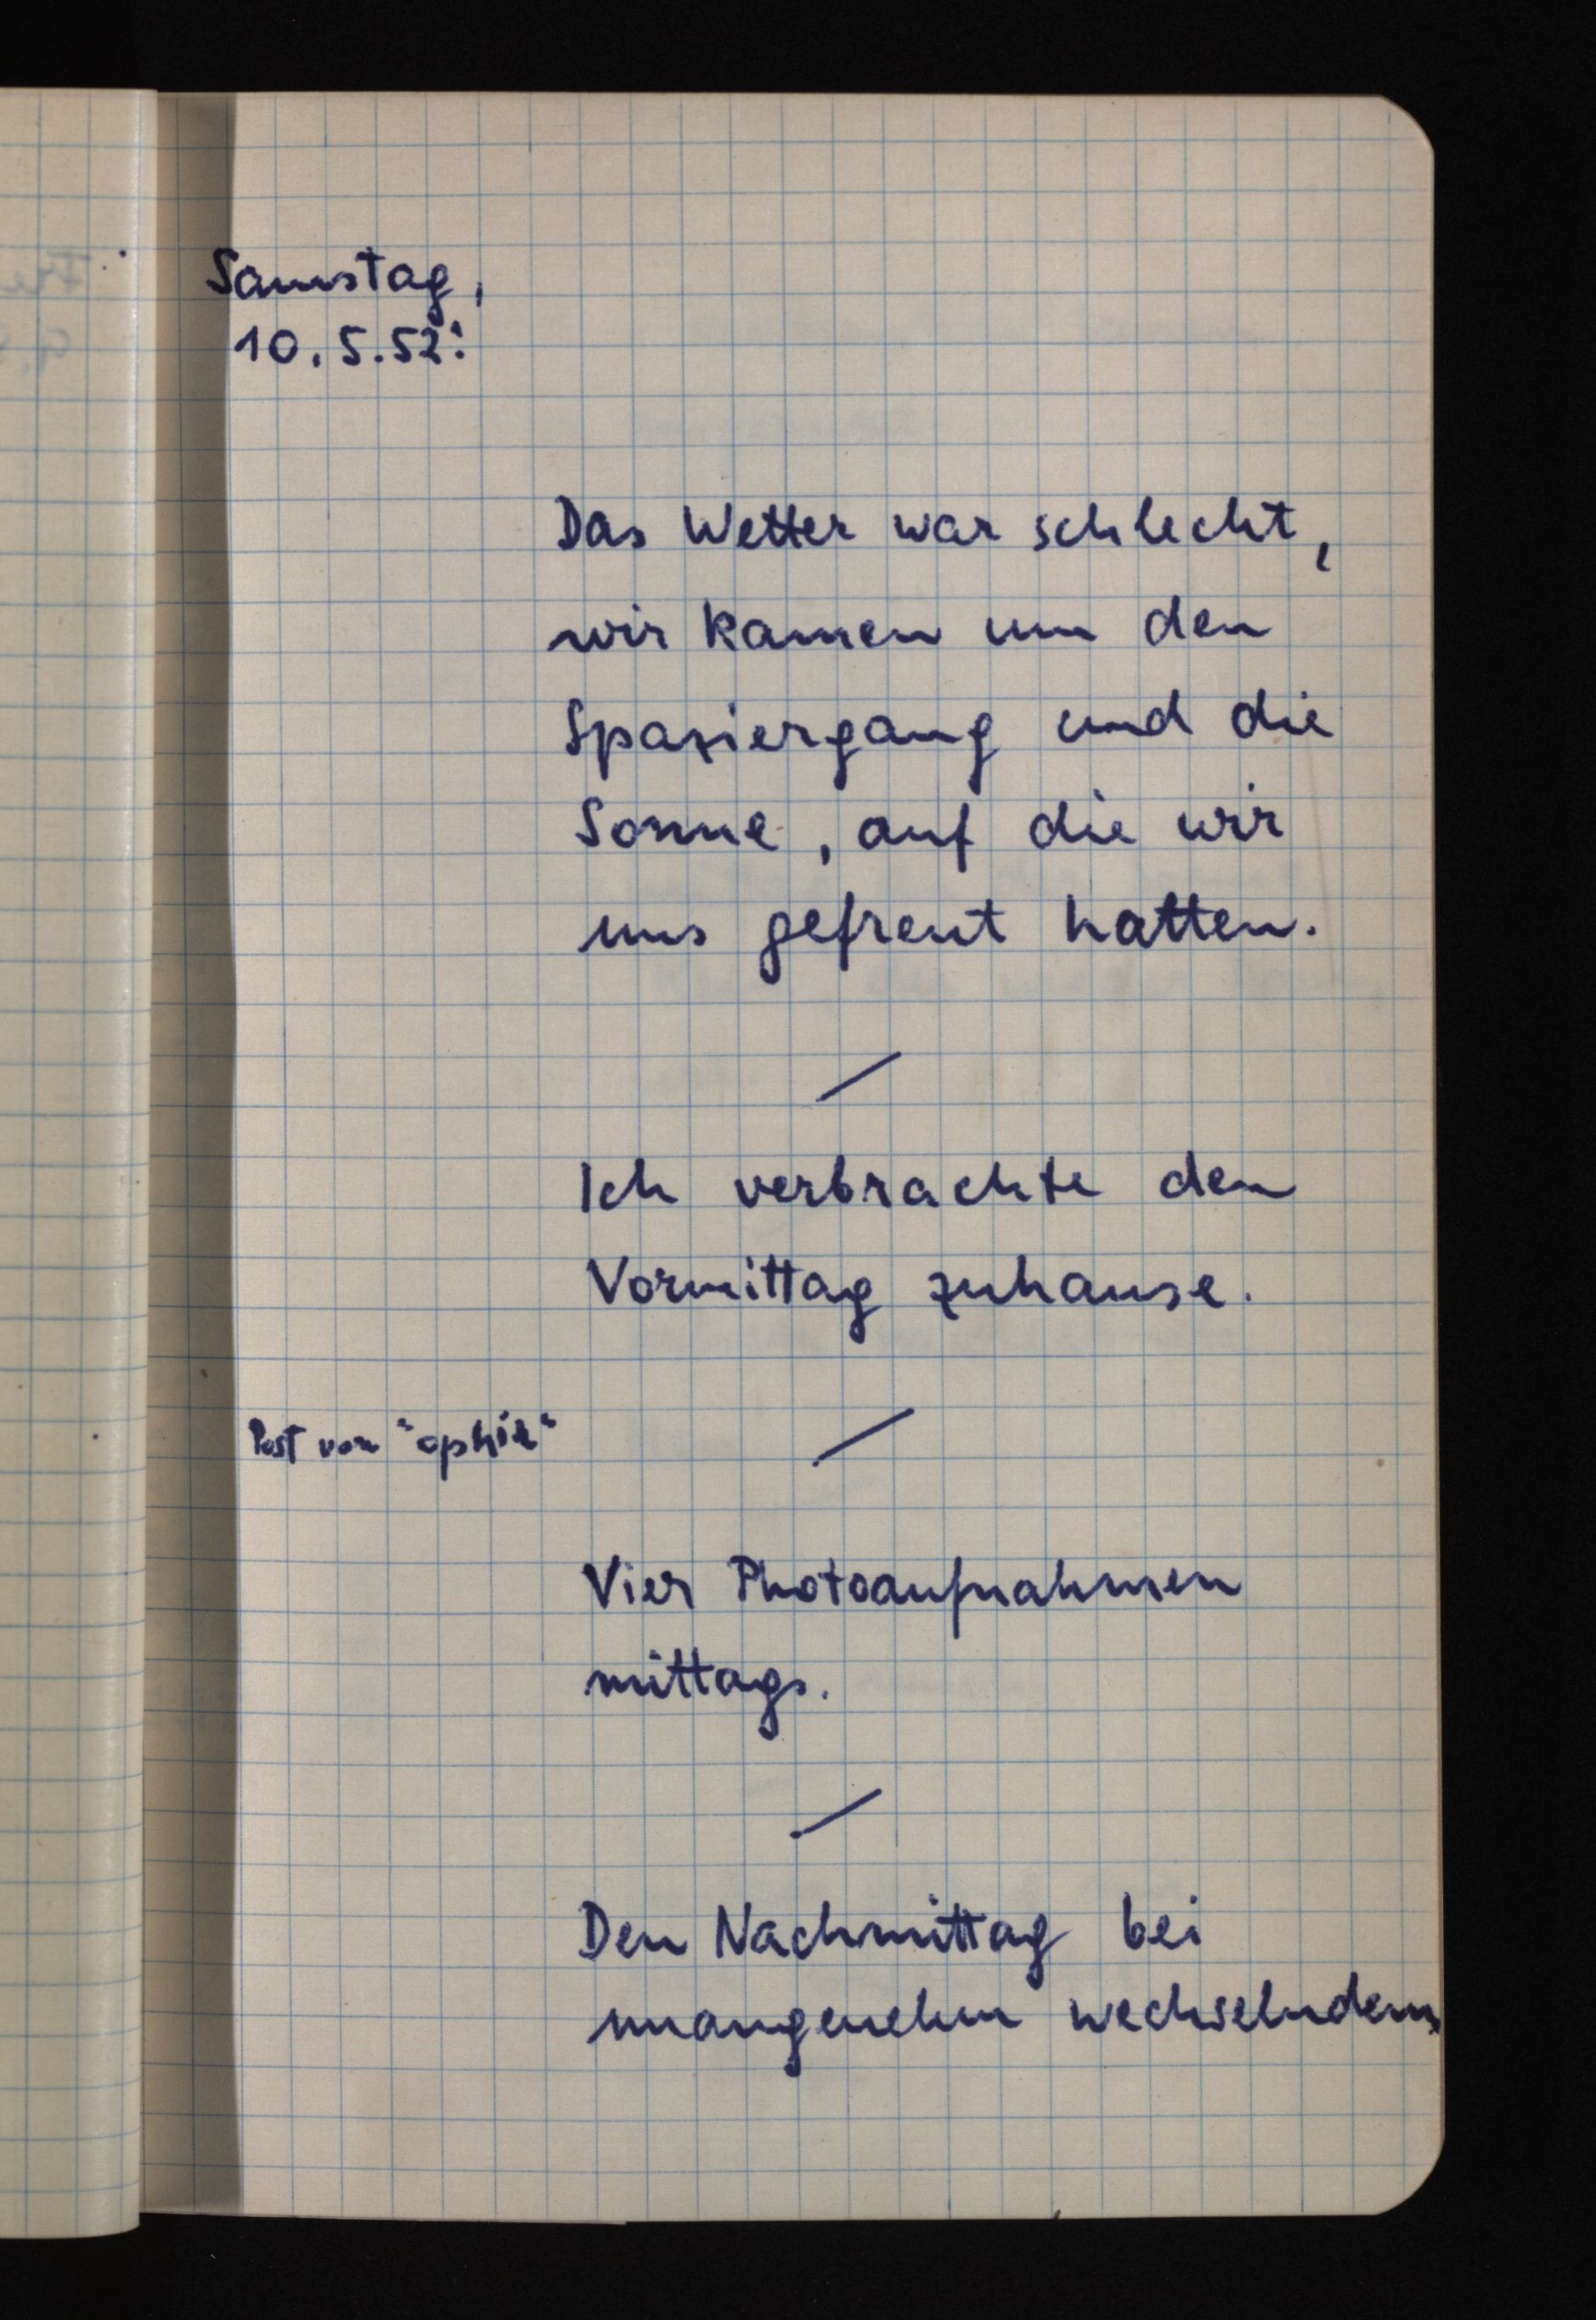
Samstag,
10.5.52:
Das Wetter war schlecht,
wir kamen um den
Spaziergang und die
Sonne, auf die wir
uns gefreut hatten.
Ich verbrachte den
Vormittag zuhause.
Post von "ophir"
Vier Photoaufnahmen
mittags.
Den Nachmittag bei
unangenehm wechselndem